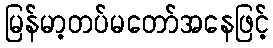
မြန်မာ့တပ်မတော်အနေဖြင့်